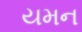
યમન